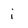
Character: i